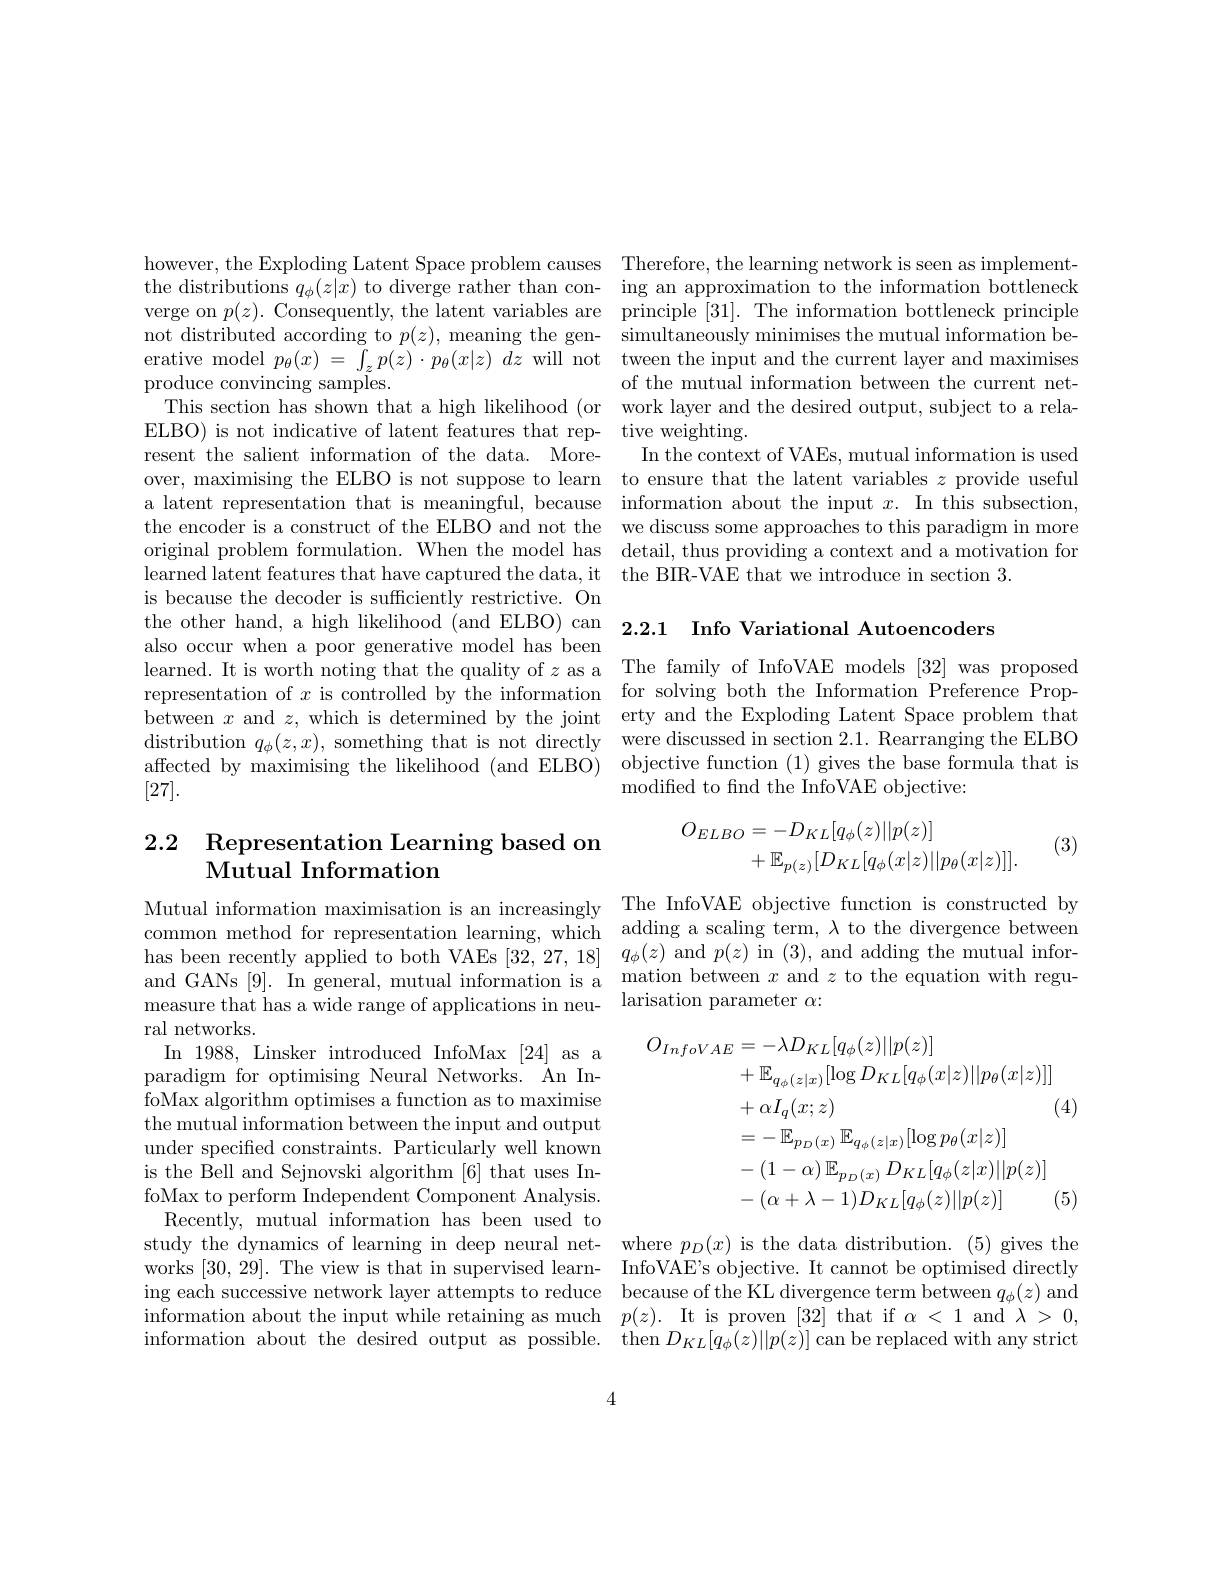
produce convincing samples.
is because the decoder is sufficiently restrictive. On
the other hand, a high likelihood (and ELBO) can 2.2.1 Info Variational Autoencoders
also occur when a poor generative model has been
learned. It is worth noting that the quality of $z$ as a The family of InfoVAE models [32] was proposed representation of $x$ is controlled by the information for solving both the Information Preference Propbetween $x$ and $z$, which is determined by the joint erty and the Exploding Latent Space problem that distribution $q_\phi(z,x)$, something that is not directly were discussed in section 2.1. Rearranging the ELBO affected by maximising the likelihood (and ELBO) objective function (1) gives the base formula that is [27].

# 2.2 Representation Learning based on Mutual Information

ral networks.
In 1988, Linsker introduced InfoMax [24] as a paradigm for optimising Neural Networks. An InfoMax algorithm optimises a function as to maximise the mutual information between the input and output under specified constraints. Particularly well known is the Bell and Sejnovski algorithm [6] that uses InfoMax to perform Independent Component Analysis.
Recently, mutual information has been used to
study the dynamics of learning in deep neural net- where $p_D(x)$ is the data distribution. (5) gives the works [30,29]. The view is that in supervised learn- InfoVAE's objective. It cannot be optimised directly ing each successive network layer attempts to reduce because of the KL divergence term between $q_\phi(z)$ and information about the input while retaining as much $p(z).$ It is proven [32] that if $\alpha<1$ and $\lambda>0$, information about the desired output as possible. then$D_{KL}[ q_{\phi }( z) | | p( z) ]$can be replaced with any strict

however, the Exploding Latent Space problem causes Therefore, the learning network is seen as implementthe distributions $q_\phi(z|x)$ to diverge rather than con- ing an approximation to the information bottleneck verge on $p(z).$ Consequently, the latent variables are principle [31]. The information bottleneck principle not distributed according to $p(z)$, meaning the gen- simultaneously minimises the mutual information beerative model $p_\theta(x)=\int_zp(z)\cdot p_\theta(x|z)dz$ will not tween the input and the current layer and maximises
of the mutual information between the current net-
This section has shown that a high likelihood (or work layer and the desired output, subject to a rela-
ELBO) is not indicative of latent features that rep- tive weighting.
resent the salient informati over, maximising the ELBO is not suppose to learn to ensure that the latent variables $z$ provide useful a latent representation that the encoder is a construct of the ELBO and not the we discuss some approaches to this paradigm in more original problem formulation learned latent features that

modified to find the InfoVAE
$$\begin{aligned}O_{ELBO}&=-D_{KL}[q_\phi(z)||p(z)]\\&+\mathbb{E}_{p(z)}[D_{KL}[q_\phi(x|z)||p_\theta(x|z)]].\end{aligned}$$
(3)

Mutual information maximisat common method for representa has been recently applied to measure that has a wide rang
$$\begin{aligned}O_{InfoVAE}&=-\lambda D_{KL}[q_{\phi}(z)||p(z)]\\&+\mathbb{E}_{q_{\phi}(z|x)}[\log D_{KL}[q_{\phi}(x|z)||p_{\theta}(x|z)]]\\&+\alpha I_{q}(x;z)&\text{(}\\&=-\mathbb{E}_{p_{D}(x)}\mathbb{E}_{q_{\phi}(z|x)}[\log p_{\theta}(x|z)]\\&-(1-\alpha)\mathbb{E}_{p_{D}(x)}D_{KL}[q_{\phi}(z|x)||p(z)]\\&-(\alpha+\lambda-1)D_{KL}[q_{\phi}(z)||p(z)]&\text{(}\end{aligned}$$
4